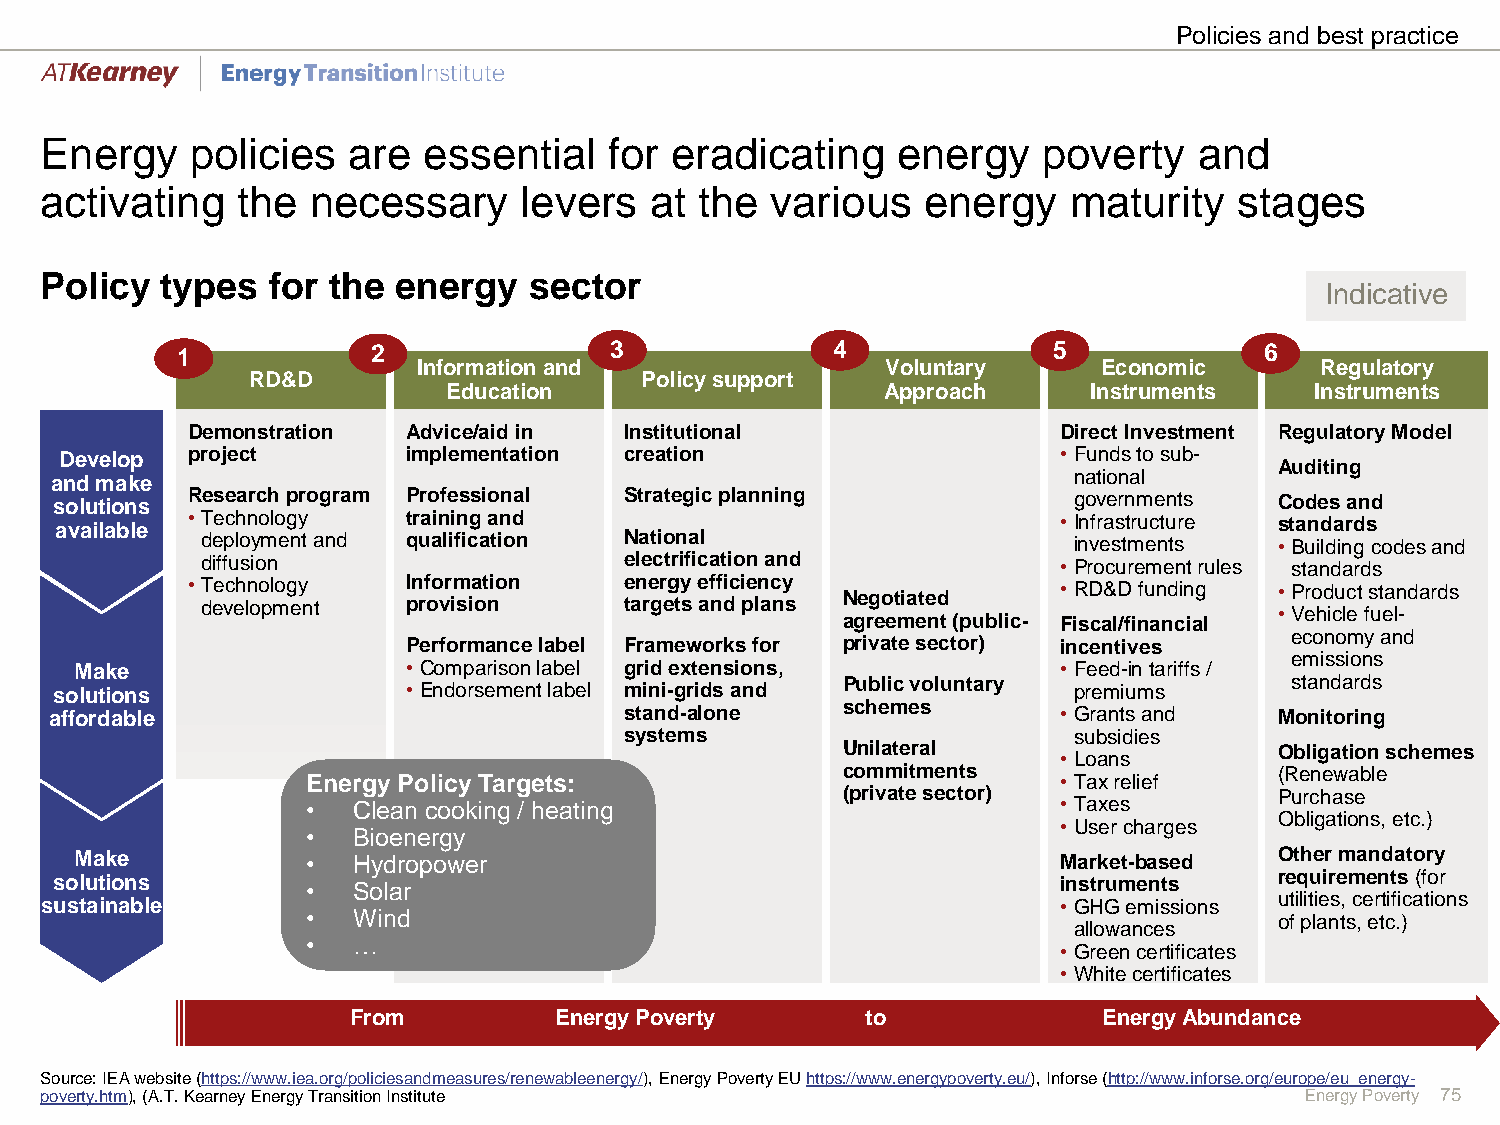
Policies and best practice
 Energy    policies  are  essential   for eradicating    energy    poverty   and
 activating   the necessary     levers   at the  various   energy    maturity   stages
 Policy  types  for the energy   sector
 Indicative
 1            2              3              4              5             6
 Information and                Voluntary     Economic      Regulatory
 RD&D                      Policy support
 Education                    Approach     Instruments    Instruments
 Demonstration  Advice/aid in Institutional                Direct Investment Regulatory Model
 Develop project        implementation creation                    •Funds to sub-
 Auditing
 and make                                                            national
 solutions Research program Professional Strategic planning          governments   Codes and
 available •Technology  training and                               •Infrastructure standards
 deployment and qualification National                     investments   •Building codes and
 diffusion                   electrification and          •Procurement rules standards
 •Technology    Information   energy efficiency            •RD&D funding  •Product standards
 development   provision     targets and plans Negotiated                •Vehicle fuel-
 agreement (public- Fiscal/financial
 economy and
 Performance label Frameworks for private sector) incentives
 emissions
 Make                  •Comparison label grid extensions,         •Feed-in tariffs /
 solutions               •Endorsement label mini-grids and Public voluntary premiums standards
 affordable                            stand-alone    schemes       •Grants and    Monitoring
 systems                       subsidies
 Unilateral                   Obligation schemes
 •Loans
 commitments                  (Renewable
 Energy Policy Targets:                            •Tax relief
 (private sector)             Purchase
 •  Clean cooking / heating                        •Taxes
 Obligations, etc.)
 •User charges
 •  Bioenergy
 Make           •  Hydropower                                     Market-based   Other mandatory
 solutions        •  Solar                                          instruments    requirements (for
 sustainable                                                        •GHG emissions utilities, certifications
 •  Wind                                                          of plants, etc.)
 allowances
 •  …
 •Green certificates
 •White certificates
 From          Energy Poverty      to              Energy Abundance
 Source: IEA website(https://www.iea.org/policiesandmeasures/renewableenergy/), Energy PovertyEU https://www.energypoverty.eu/), Inforse(http://www.inforse.org/europe/eu_energy-
 poverty.htm), (A.T.Kearney Energy Transition Institute                             Energy Poverty 75